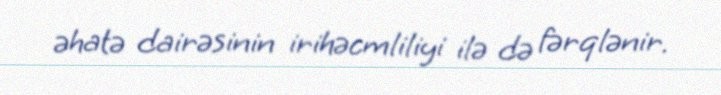
əhatə dairəsinin irihəcmliliyi ilə də fərqlənir.